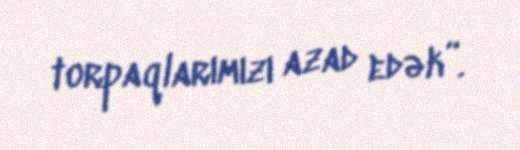
torpaqlarımızı azad edək”.